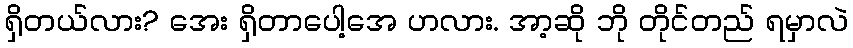
ရှိတယ်လား? အေး ရှိတာပေါ့အေ ဟလား. အာ့ဆို ဘို တိုင်တည် ရမှာလဲ